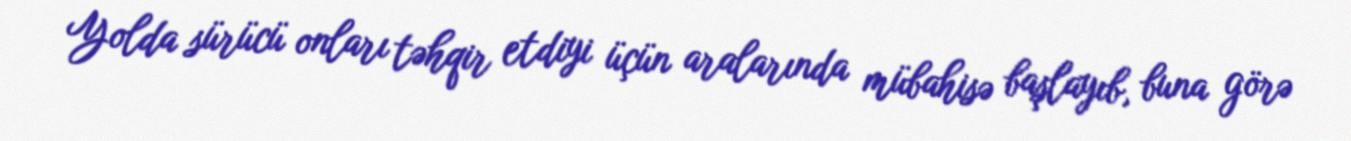
Yolda sürücü onları təhqir etdiyi üçün aralarında mübahisə başlayıb, buna görə